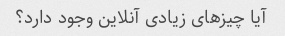
آیا چیزهای زیادی آنلاین وجود دارد؟